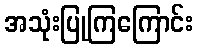
အသုံးပြုကြကြောင်း